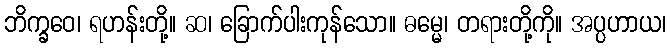
ဘိက္ခဝေ၊ ရဟန်းတို့။ ဆ၊ ခြောက်ပါးကုန်သော။ ဓမ္မေ၊ တရားတို့ကို။ အပ္ပဟာယ၊